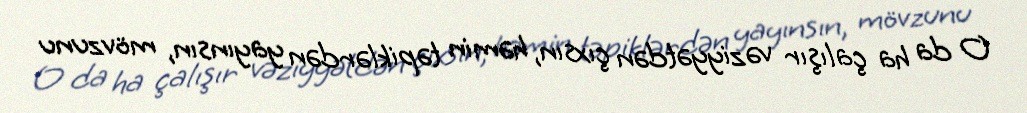
O da ha çalışır vəziyyətdən çıxsın, həmin təpiklərdən yayınsın, mövzunu